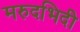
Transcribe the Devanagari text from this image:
मरुदभिदी